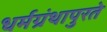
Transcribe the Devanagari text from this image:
धर्मग्रंथापुरते